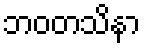
ဘဝတသိနာ